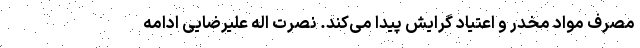
مصرف مواد مخدر و اعتیاد گرایش پیدا می‌کند. نصرت اله علیرضایی ادامه